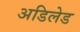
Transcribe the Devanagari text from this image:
अडिलेड